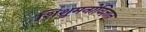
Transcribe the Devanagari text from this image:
शिशुमनोविज्ञान